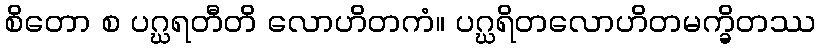
စိတော စ ပဂ္ဃရတီတိ လောဟိတကံ။ ပဂ္ဃရိတလောဟိတမက္ခိတဿ